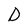
Character: D